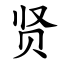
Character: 贤